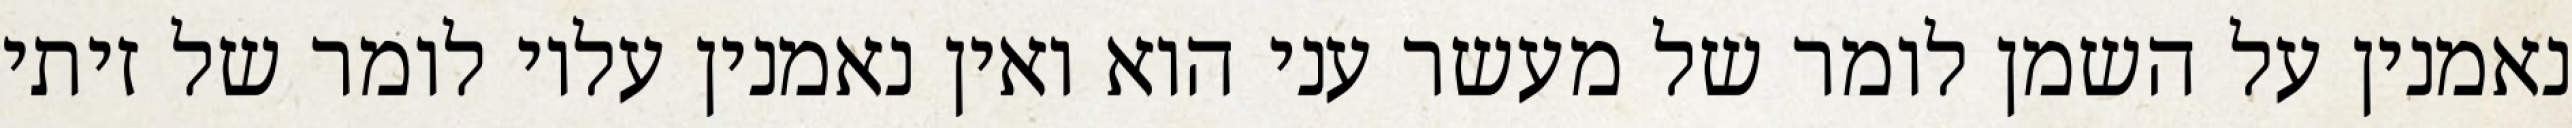
נאמנין על השמן לומר של מעשר עני הוא ואין נאמנין עליו לומר של זיתי